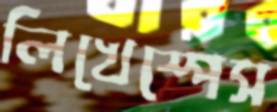
লিখেস্পেস